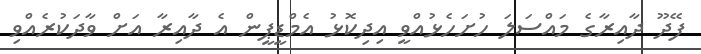
ފޭދޫ ދާއިރާގެ މައްސަލަ ހުށަހެޅުއްވީ އިދިކޮޅު އެމްޑީޕީން އެ ދާއިރާ އަށް ވާދަކުރެއްވި